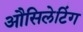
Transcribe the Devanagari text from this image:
औसिलेटिंग